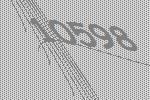
10598